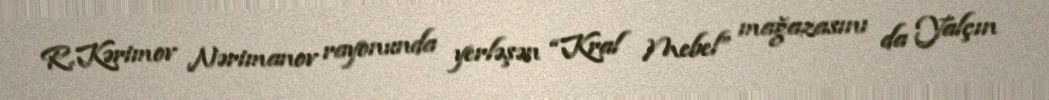
R.Kərimov Nərimanov rayonunda yerləşən “Kral Mebel” mağazasını da Yalçın